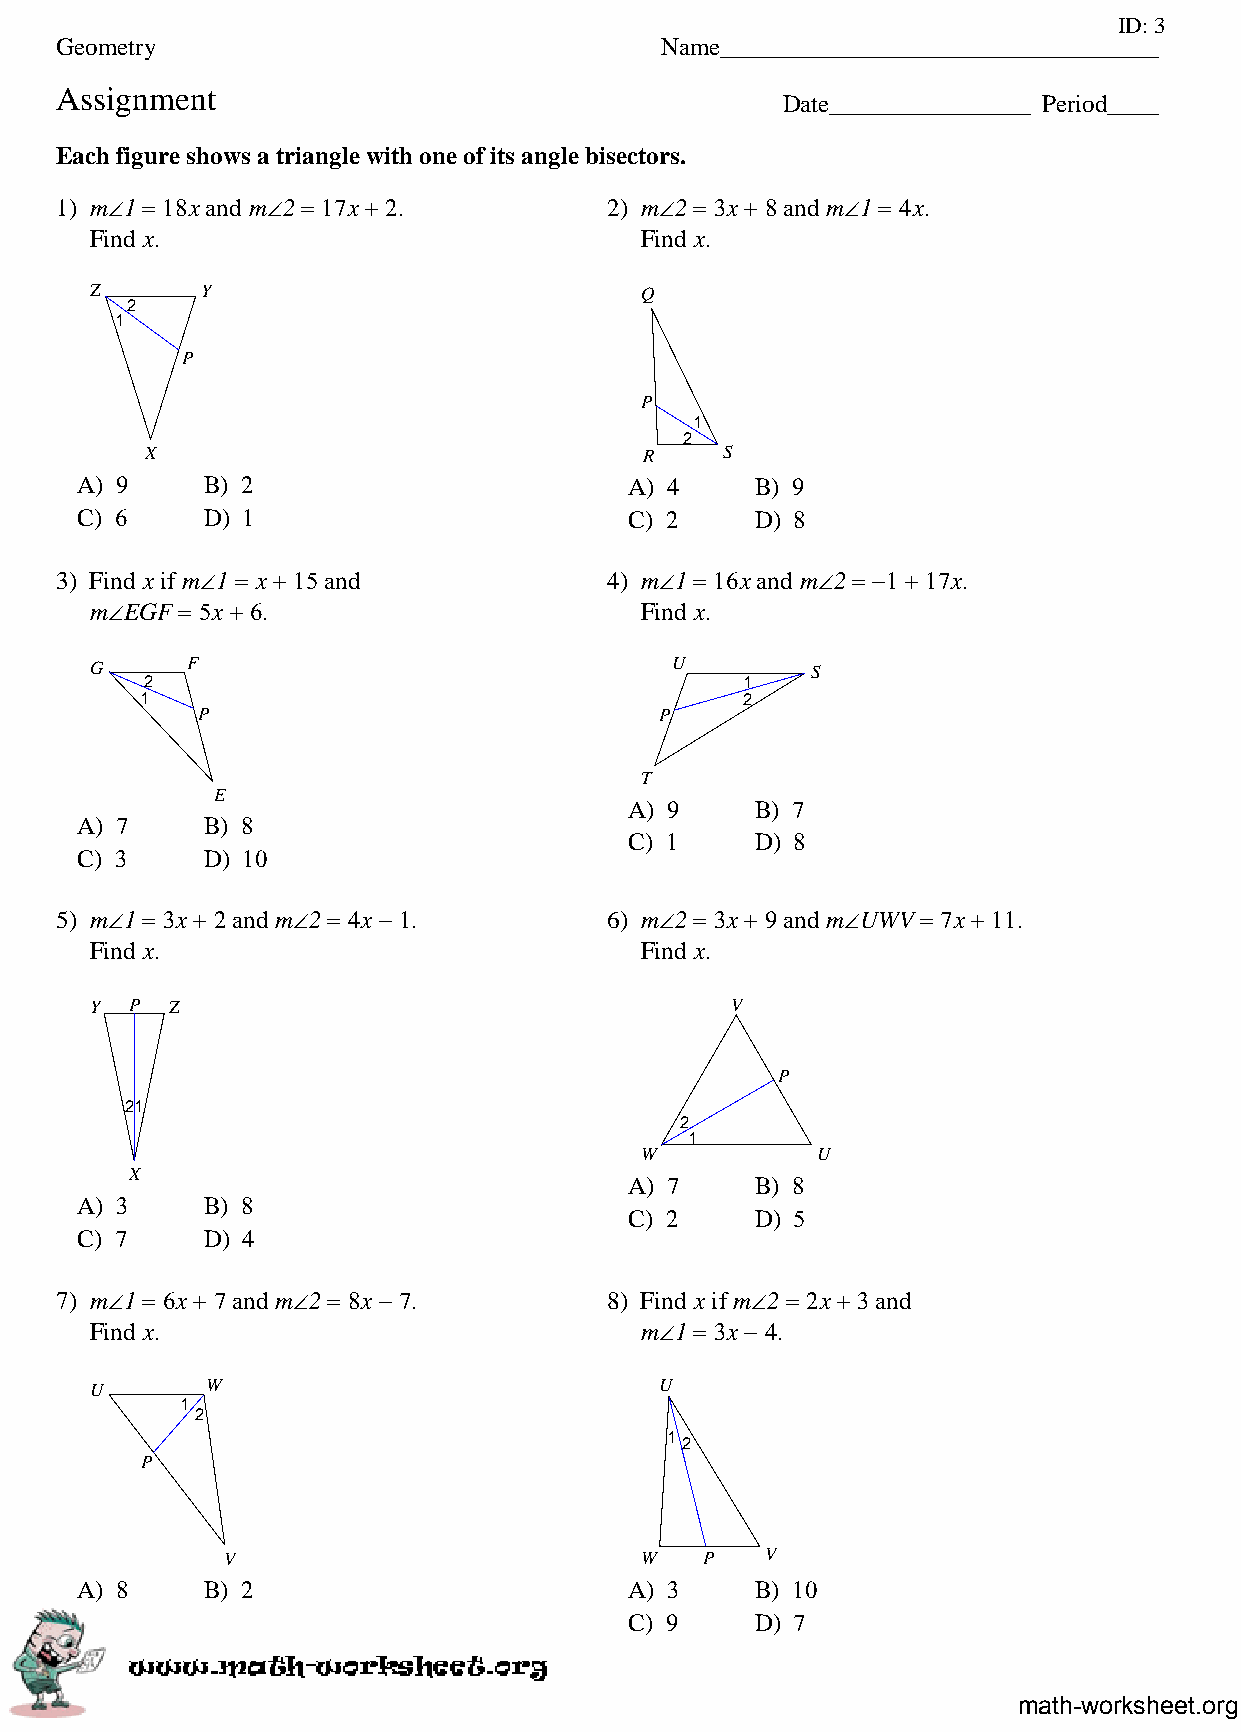
ID: 3
 Geometry                                Name___________________________________
 Assignment
 Date________________ Period____
 Each figure shows a triangle with one of its angle bisectors.
 1) m∠1 = 18x and m∠2 = 17x + 2.     2) m∠2 = 3x + 8 and m∠1 = 4x.
 Find x.                             Find x.
 Z      Y                            Q
 2
 1
 P
 P
 1
 2
 X                                R    S
 A) 9    B) 2                         A) 4    B) 9
 C) 6    D) 1                         C) 2    D) 8
 3) Find x if m∠1 = x + 15 and       4) m∠1 = 16x and m∠2 = −1 + 17x.
 m∠EGF = 5x + 6.                     Find x.
 G     F                               U         S
 2                                      1
 1                                       2
 P                              P
 T
 E
 A) 9    B) 7
 A) 7    B) 8
 C) 1    D) 8
 C) 3    D) 10
 5) m∠1 = 3x + 2 and m∠2 = 4x − 1.   6) m∠2 = 3x + 9 and m∠UWV = 7x + 11.
 Find x.                             Find x.
 Y  P Z                                    V
 P
 21
 2
 1
 W           U
 X
 A) 7    B) 8
 A) 3    B) 8
 C) 2    D) 5
 C) 7    D) 4
 7) m∠1 = 6x + 7 and m∠2 = 8x − 7.   8) Find x if m∠2 = 2x + 3 and
 Find x.                             m∠1 = 3x − 4.
 U       W                             U
 1
 2
 12
 P
 V                          W   P    V
 A) 8    B) 2                         A) 3    B) 10
 C) 9    D) 7
 math-worksheet.org